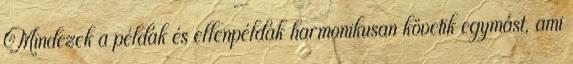
Mindezek a példák és ellenpéldák harmonikusan követik egymást, ami